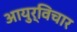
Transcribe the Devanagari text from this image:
आयुर्विचार